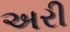
અરી